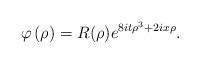
LaTeX: \begin{align*}\varphi\left( \rho\right) =R(\rho)e^{8it\rho^{3}+2ix\rho}.\end{align*}